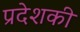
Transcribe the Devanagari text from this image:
प्रदेशकी